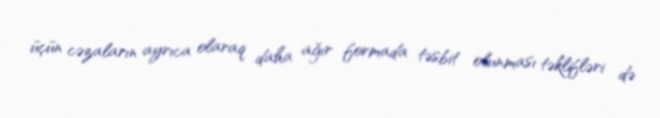
üçün cəzaların ayrıca olaraq daha ağır formada təsbit olunması təklifləri də